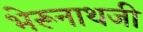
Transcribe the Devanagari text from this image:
भेरूनाथजी